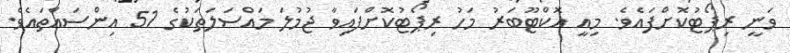
ވަނީ ރިޕޯޓުކޮށްފައެވެ. މިއީ އޮކްޓޫބަރު މަހު ރިޕޯޓުކޮށްފައިވާ ޖުމުލަ މައްސަލަތަކުގެ 51 އިންސައްތައެވެ.